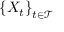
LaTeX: \left\{ X _ { t } \right\} _ { t \in { \mathcal { T } } }